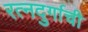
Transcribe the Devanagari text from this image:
रत्‍नदुर्गाची